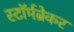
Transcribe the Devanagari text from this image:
स्टॉर्मब्रेकर